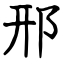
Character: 邢